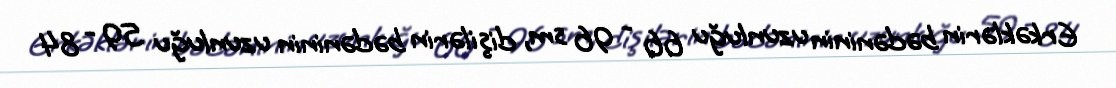
Erkəklərin bədəninin uzunluğu 66 - 96 sm, dişilərin bədəninin uzunluğu 59 - 84